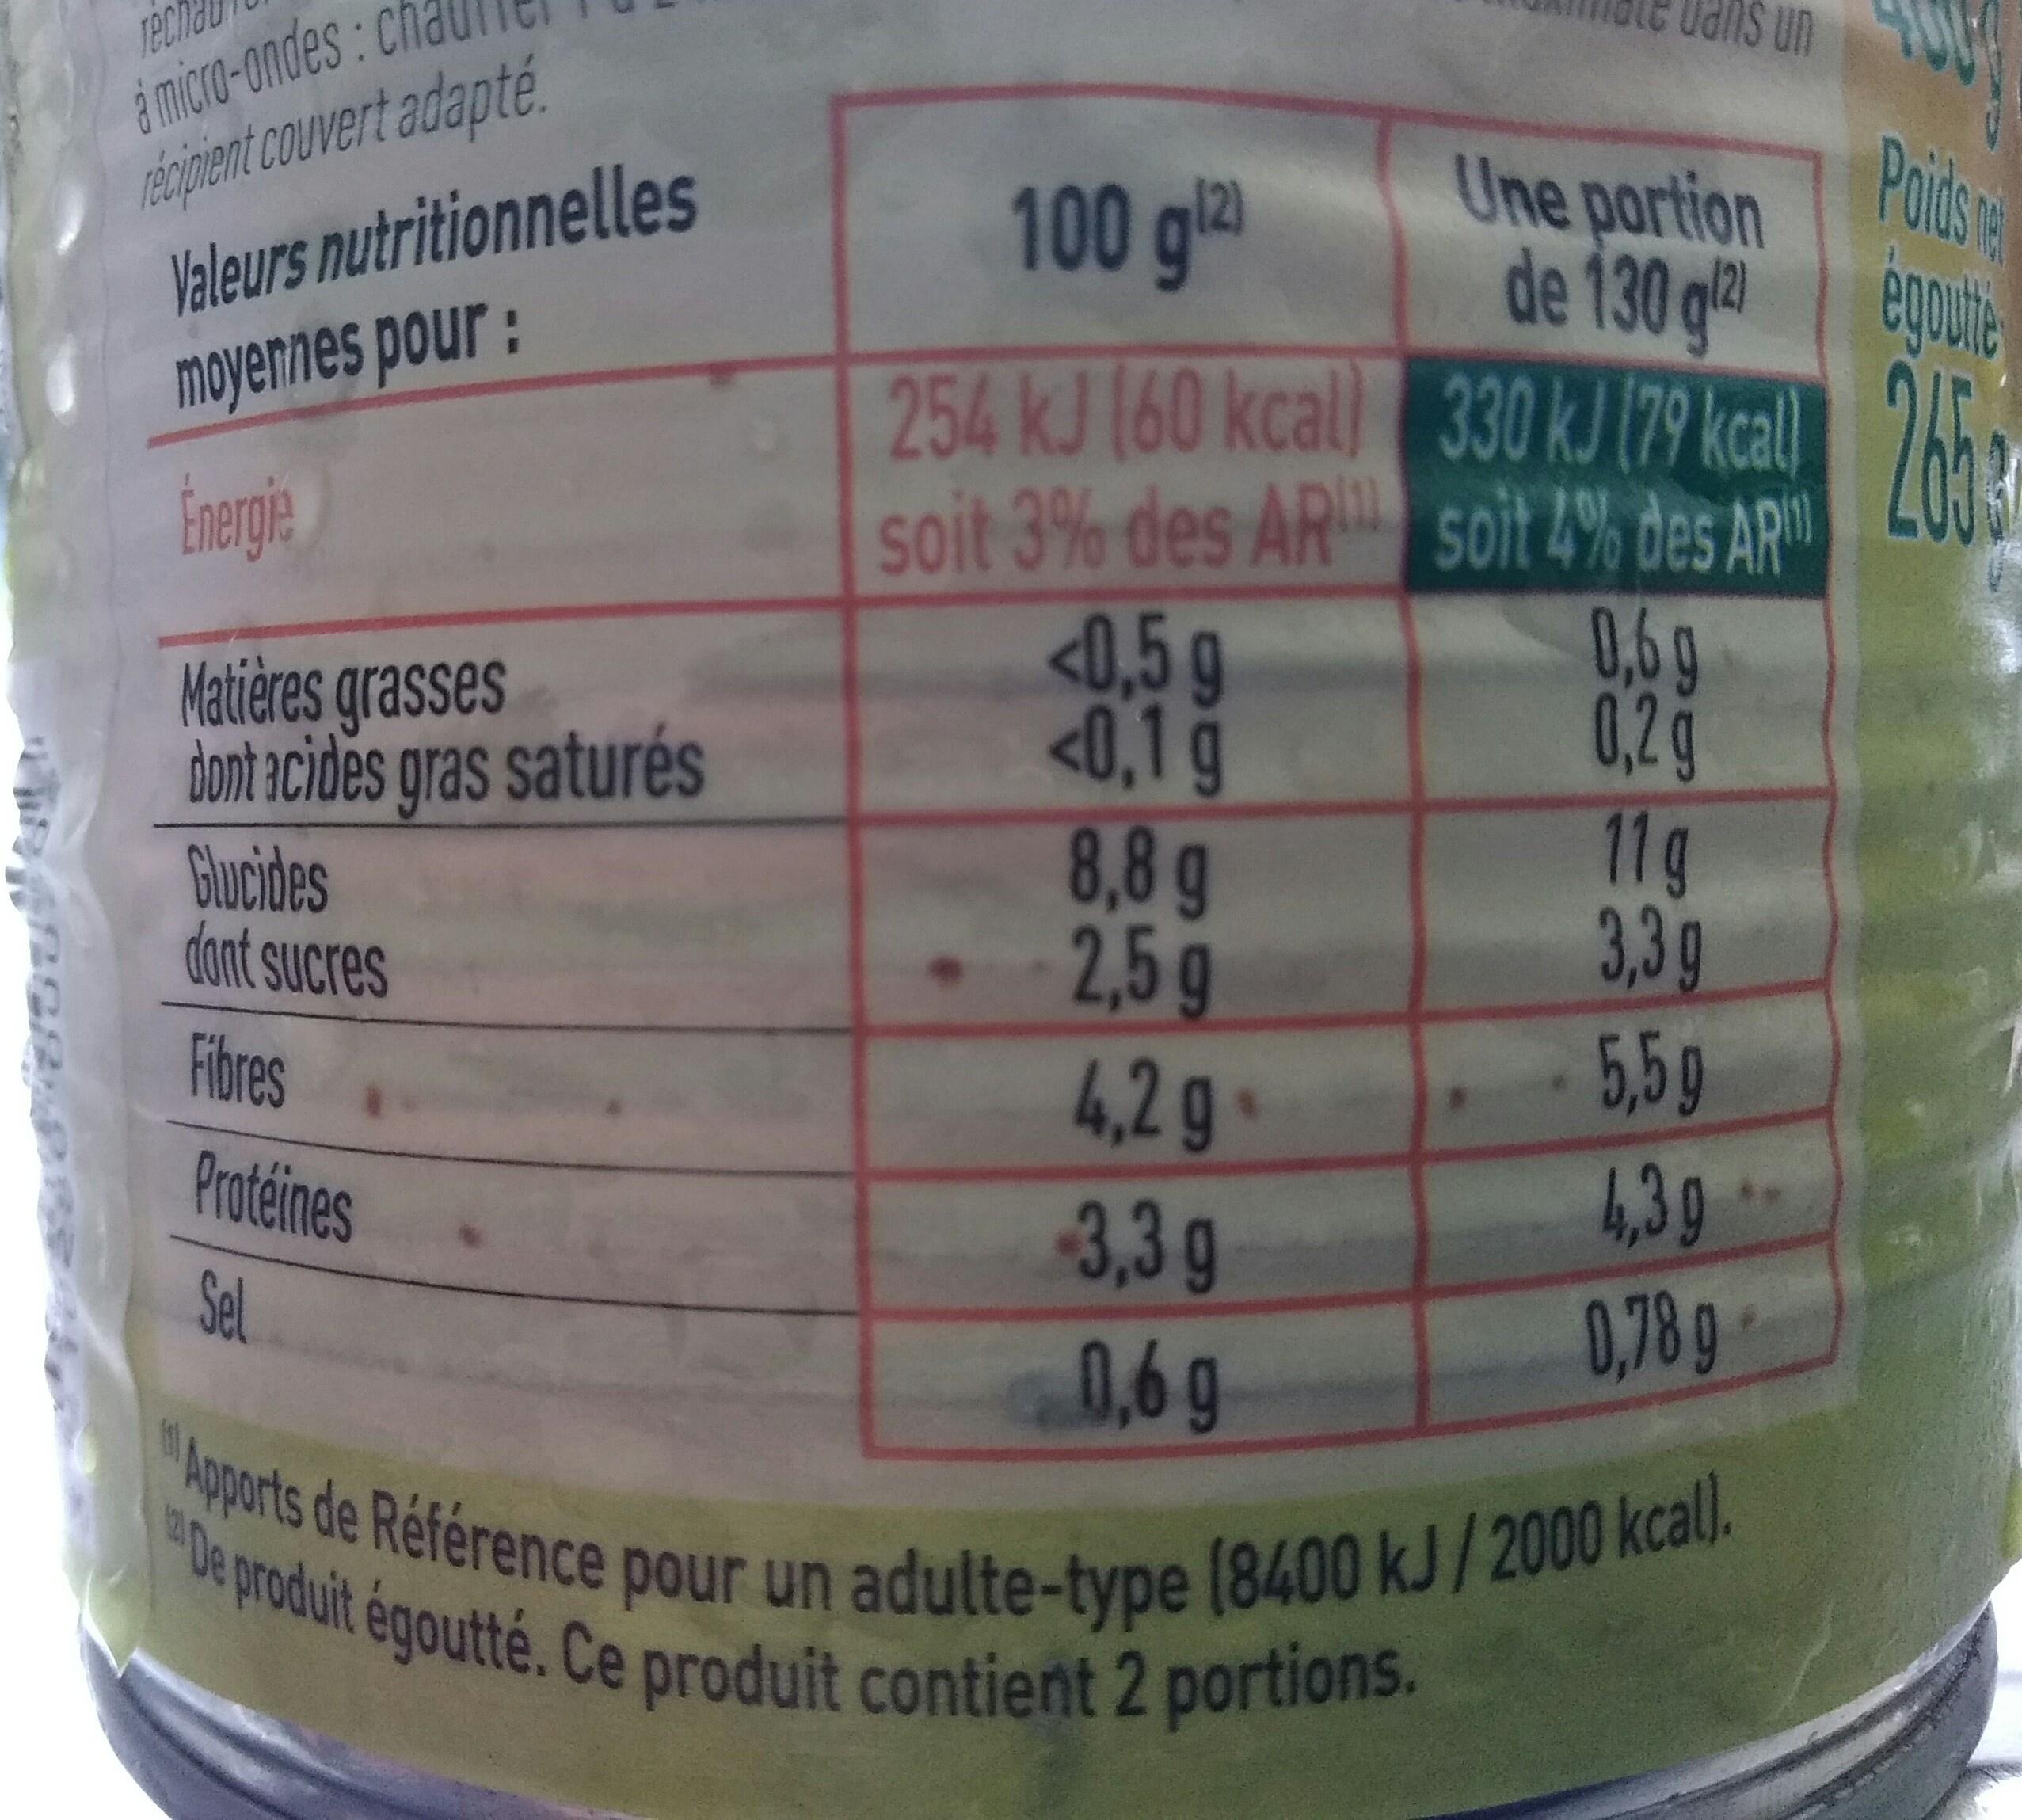
i micro-ondes: ch rápipent couvert adapté. Valeurs nutritionnelles moyennes pour:
Tech
un
Poidsa egoute
Une portion de 130 gl 254 kJ 160 kcal 330 kJ 179 kcal 245 soit 3% des AR soit 2% des AR" 0,6g 0,2g 11g 3,3g
100 g
216
<0,5 g <0,1 g 8,8g 2,5g 4,2g 3,39
Matières grasses dont acides gras saturés Glucides dont sucres
Fibres
5,5g
Protéines
4,30 0,78g
Sel
0,6g
Apports de Référence pour un adulte-type (8400 kJ/2000 kcal).
auit égoutté. Ce produit contient 2 portions.